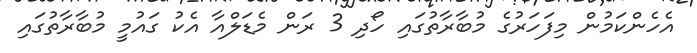
އެހެންކަމުން މިފަހަރުގެ މުބާރާތުގައި ހޯދި 3 ރަން މެޑަލްއާ އެކު ގައުމީ މުބާރާތުގައި